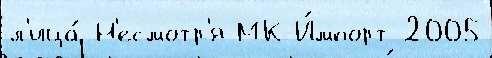
л'ица́ Н'есмотр'я МК-И́мпорт 2005